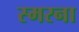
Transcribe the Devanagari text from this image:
स्मरना